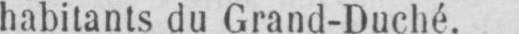
habitants du Grand-Duché.